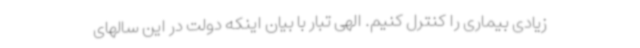
زیادی بیماری را کنترل کنیم. الهی تبار با بیان اینکه دولت در این سالهای